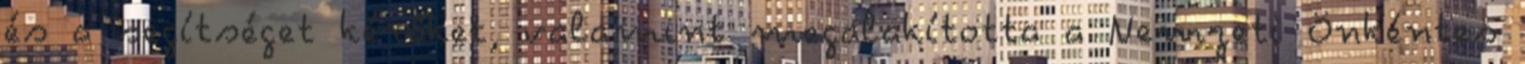
és a segítséget kérőket, valamint megalakította a Nemzeti Önkéntes